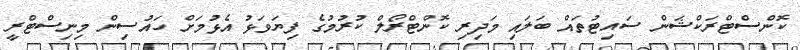
ކޮންސްޓްރަކްޝަން ސައިޓުތައް ބަލައި މަދިރި ކޮންޓްރޯލް ކުރުމުގެ ފިޔަވަޅު އެޅުމަށް ހައުސިން މިނިސްޓްރީ